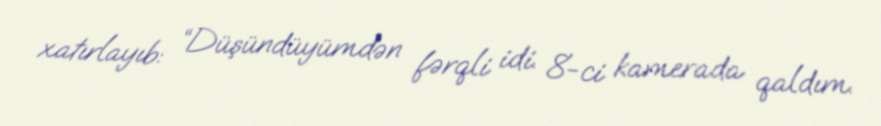
xatırlayıb: “Düşündüyümdən fərqli idi. 8-ci kamerada qaldım.